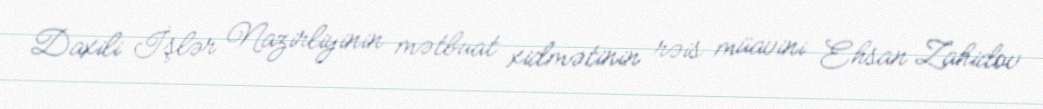
Daxili İşlər Nazirliyinin mətbuat xidmətinin rəis müavini Ehsan Zahidov